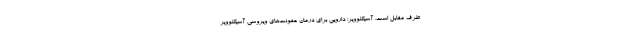
طرف مقابل است. آسیکلوویر؛ دارویی برای درمان عفونت‌های ویروسی آسیکلوویر